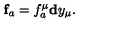
\mathbf { f } _ { a } = f _ { a } ^ { \mu } \mathbf { d } y _ { \mu } .